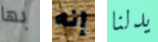
بها إنه يدلنا